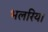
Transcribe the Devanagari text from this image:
भलरिया